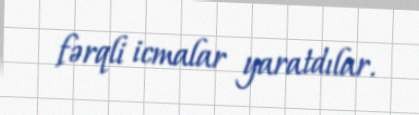
fərqli icmalar yaratdılar.